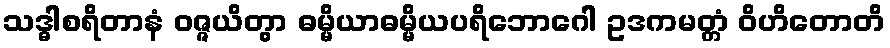
သဒ္ဓါစရိတာနံ ဝဇ္ဇယိတွာ ဓမ္မိယာဓမ္မိယပရိဘောဂေါ ဥဒကမတ္တံ ဝိဟိတောတိ